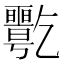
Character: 𠄋